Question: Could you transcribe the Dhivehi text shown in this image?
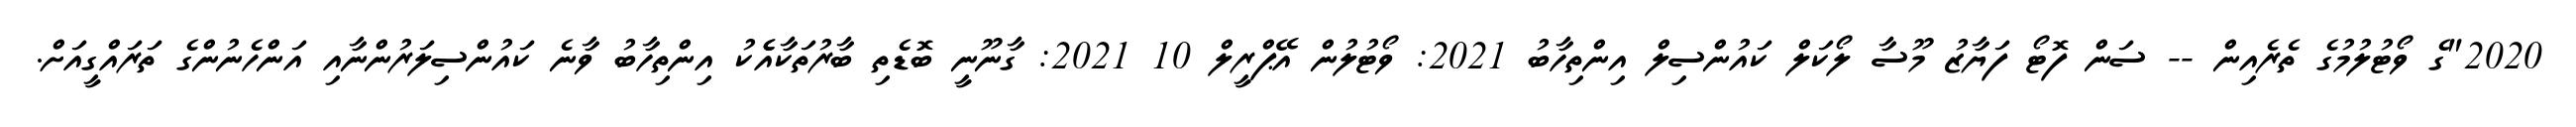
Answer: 2020"ގެ ވޯޓުލުމުގެ ތެރެއިން -- ސަން ފޮޓޯ ފަޔާޒު މޫސާ ލޯކަލް ކައުންސިލް އިންތިހާބު 2021: ވޯޓުލުން އޭޕްރީލް 10 2021: ގާނޫނީ ބޮޑެތި ބާރުތަކާއެެކު އިންތިހާބު ވާނެ ކައުންސިލަރުންނާއި އަންހެނުންގެ ތަރައްގީއަށް.